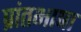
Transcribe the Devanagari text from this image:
प्रांतभाषा